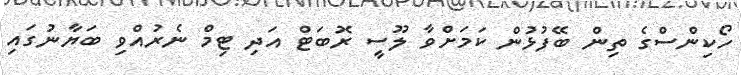
ހޯކިންސްގެ ތިން ބޭފުޅުން ކަމަށްވާ ލޫސީ ރޮބަޓް އަދި ޓިމް ނެރުއްވި ބަޔާނުގައި